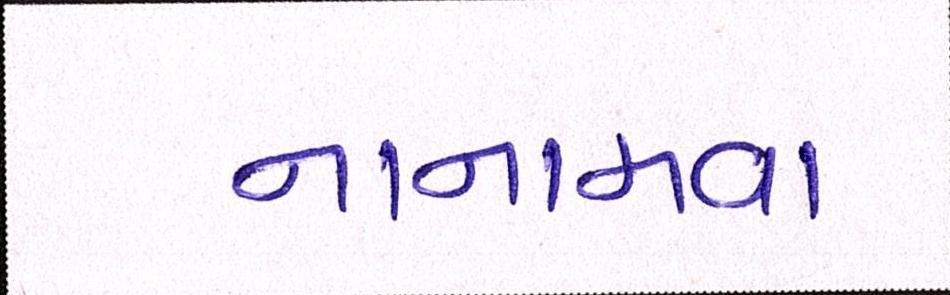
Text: નાનામવા